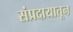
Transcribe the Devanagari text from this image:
संप्रदायातून